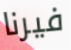
فيرنا